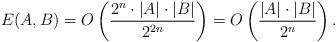
LaTeX: \begin{align*}E(A,B) = O\left(\frac{2^n \cdot |A| \cdot |B|}{2^{2n}}\right) = O\left(\frac{ |A| \cdot |B|}{2^{n}}\right).\end{align*}